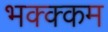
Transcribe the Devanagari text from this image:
भक्‍क्‍कम